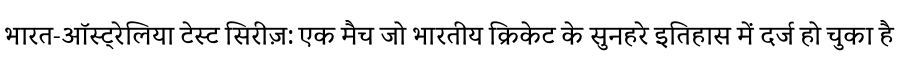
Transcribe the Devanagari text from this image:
भारत-ऑस्ट्रेलिया टेस्ट सिरीज़: एक मैच जो भारतीय क्रिकेट के सुनहरे इतिहास में दर्ज हो चुका है